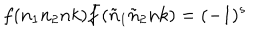
f ( n _ { 1 } n _ { 2 } n k ) { \bar { f } } ( { \tilde { n } } _ { 1 } { \tilde { n } } _ { 2 } n k ) = ( - 1 ) ^ { s }